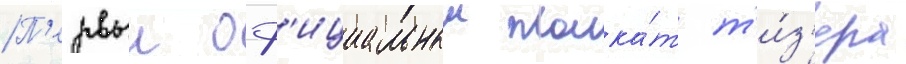
П'ервыи оф'ициальныи плака́т т'и́з'ера